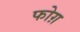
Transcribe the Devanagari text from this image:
फोग़